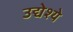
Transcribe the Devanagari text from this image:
उद्येश्ये